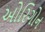
ઓરિગોન